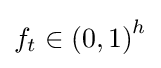
f_{t}\in {(0,1)}^{h}